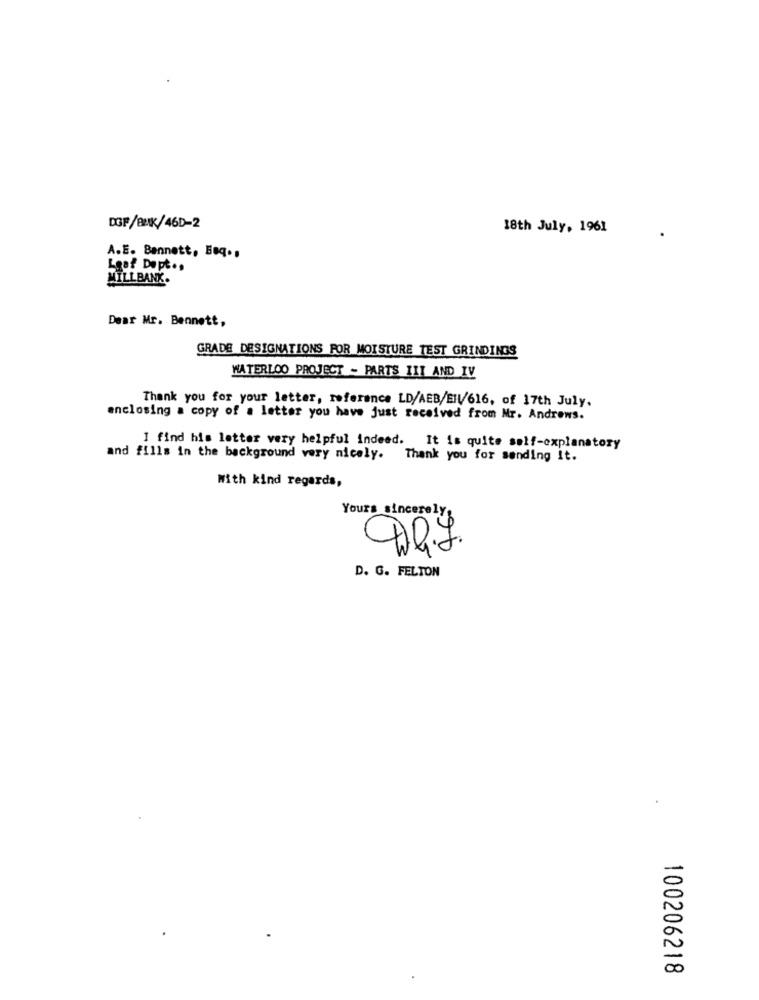
DGF/BAK/46D-2
18th July, 1961
A.E. Bennett, Baq .,
Loaf Dept ..
MILLBANK.
Dear Mr. Bennett,
GRADE DESIGNATIONS FOR MOISTURE TEST GRINDINGS
WATERLOO PROJECT - PARTS III AND IV
Thank you for your letter, reference LD/AEB/EIL616, of 17th July.
enclosing a copy of a letter you have just received from Mr. Andrews.
I find his letter very helpful indeed. It is quite self-explanatory
and fills in the background very nicely. Thank you for sending it.
With kind regards,
Yours sincerely
D. G. FELTON
100206218